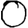
Digit: 0